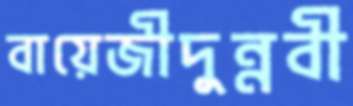
বায়েজীদুন্নবী